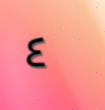
٤